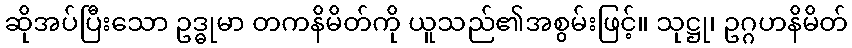
ဆိုအပ်ပြီးသော ဥဒ္ဓုမာ တကနိမိတ်ကို ယူသည်၏အစွမ်းဖြင့်။ သုဋ္ဌု၊ ဥဂ္ဂဟနိမိတ်